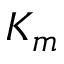
K _ { m }